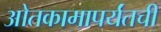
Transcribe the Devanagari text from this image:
ओतकामापर्यंतची